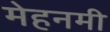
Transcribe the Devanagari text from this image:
मेहनमी